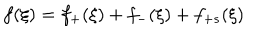
f ( \xi ) = f _ { + } ( \xi ) + f _ { - } ( \xi ) + f _ { + s } ( \xi )